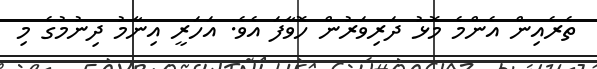
ތެރެއިން އެންމެ މޮޅު ދަރިވަރުން ހޮވާފަ އެވެ. އަހަރީ އިނާމު ދިނުމުގެ މި